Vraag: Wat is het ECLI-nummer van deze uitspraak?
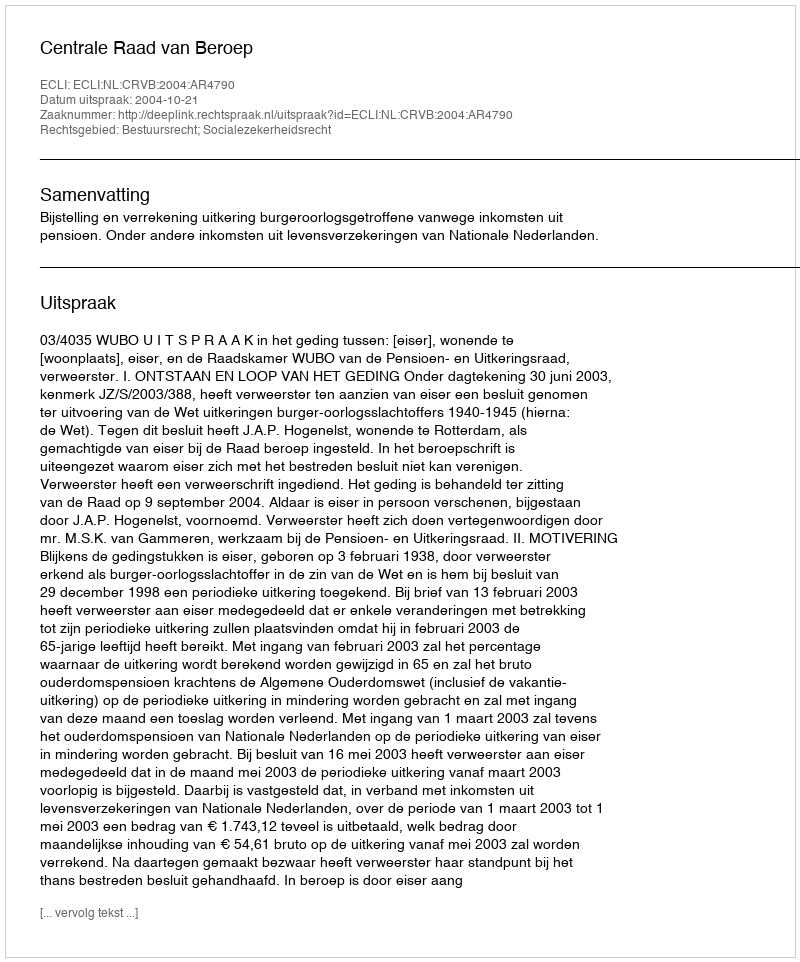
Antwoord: ECLI:NL:CRVB:2004:AR4790